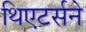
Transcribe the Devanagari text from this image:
थिएटर्सने